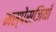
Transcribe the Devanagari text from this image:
मस्पेस्जियाँ